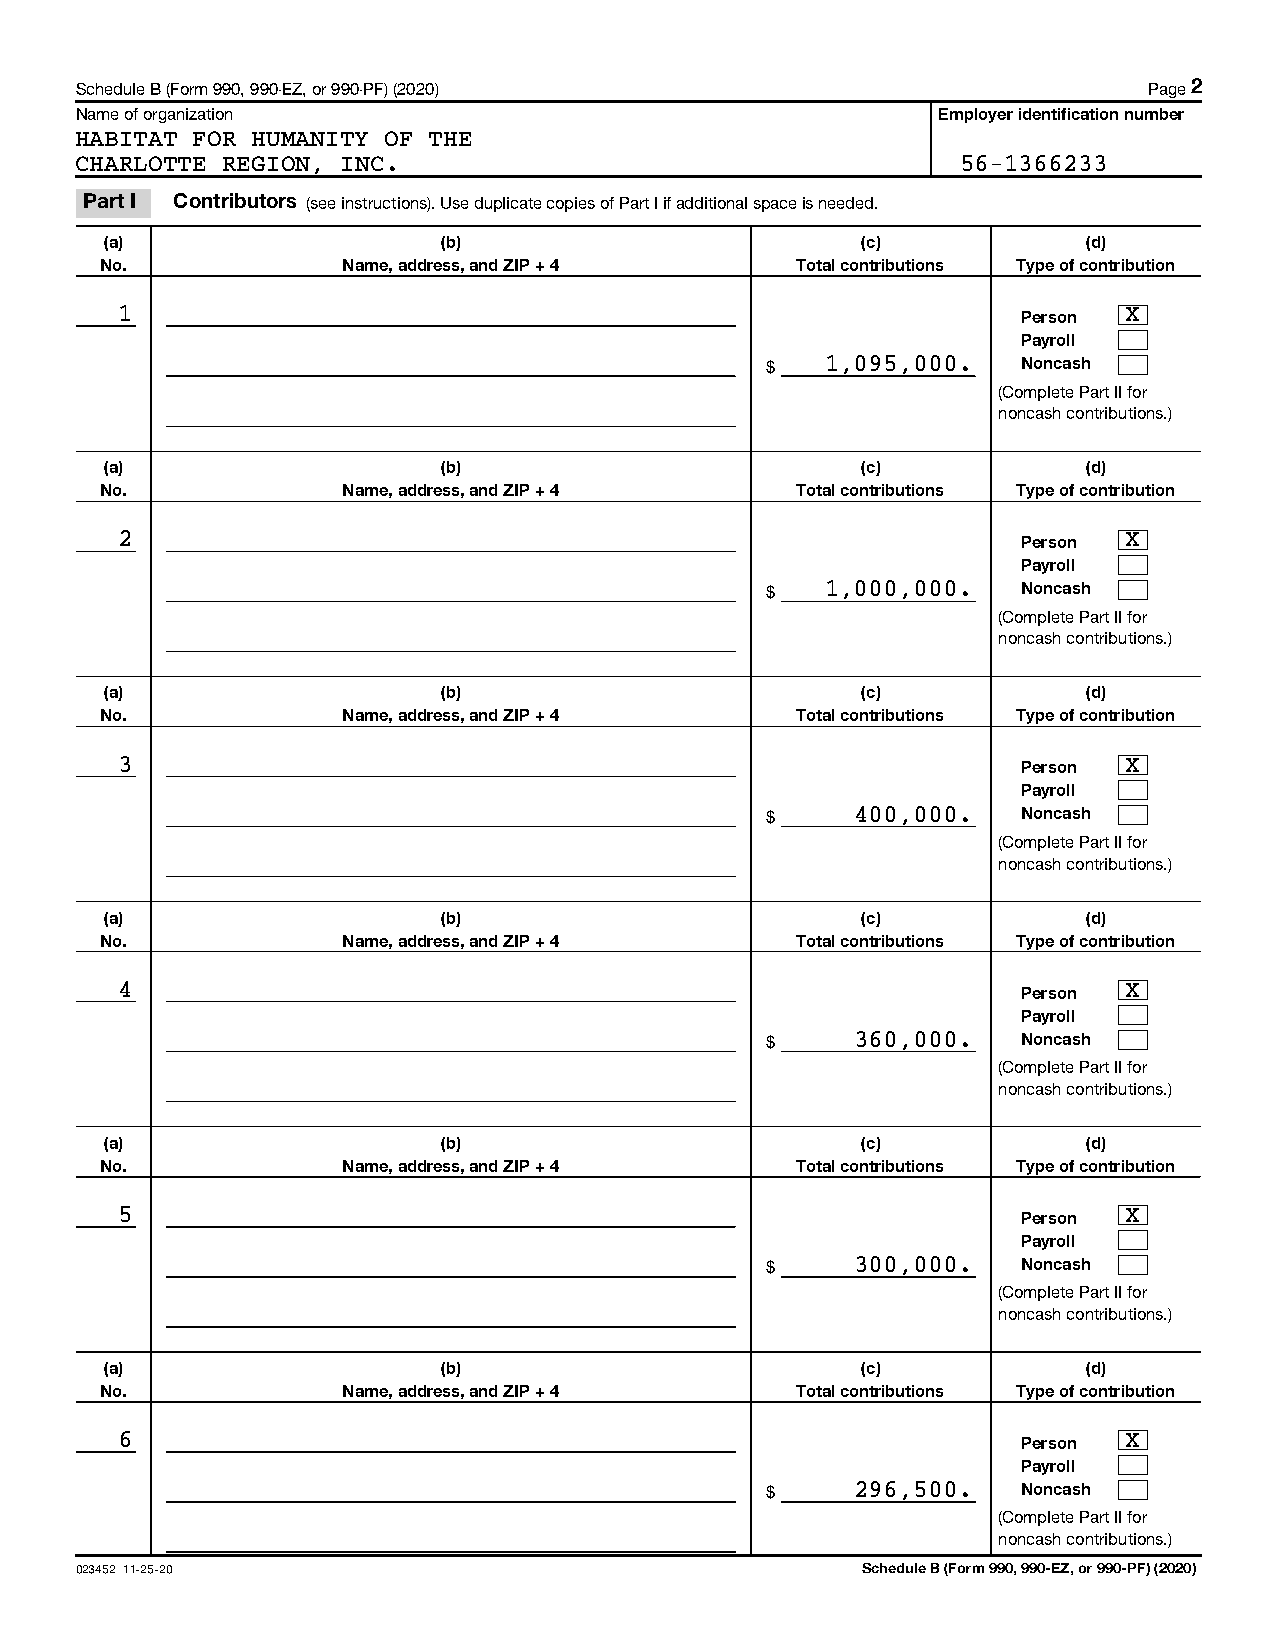
Schedule B (Form 990, 990-EZ, or 990-PF) (2020)                        Page 2
 Name of organization                                     Employer identification number
 HABITAT FOR HUMANITY OF THE
 CHARLOTTE REGION, INC.                                     56-1366233
 Part I Contributors (see instructions). Use duplicate copies of Part I if additional space is needed.
 (a)                   (b)                         (c)            (d)
 No.             Name, address, and ZIP + 4    Total contributions Type of contribution
 1                                                           Person X
 Payroll
 $   1,095,000.   Noncash
 (Complete Part II for
 noncash contributions.)
 (a)                   (b)                         (c)            (d)
 No.             Name, address, and ZIP + 4    Total contributions Type of contribution
 2                                                           Person X
 Payroll
 $   1,000,000.   Noncash
 (Complete Part II for
 noncash contributions.)
 (a)                   (b)                         (c)            (d)
 No.             Name, address, and ZIP + 4    Total contributions Type of contribution
 3                                                           Person X
 Payroll
 $     400,000.   Noncash
 (Complete Part II for
 noncash contributions.)
 (a)                   (b)                         (c)            (d)
 No.             Name, address, and ZIP + 4    Total contributions Type of contribution
 4                                                           Person X
 Payroll
 $     360,000.   Noncash
 (Complete Part II for
 noncash contributions.)
 (a)                   (b)                         (c)            (d)
 No.             Name, address, and ZIP + 4    Total contributions Type of contribution
 5                                                           Person X
 Payroll
 $     300,000.   Noncash
 (Complete Part II for
 noncash contributions.)
 (a)                   (b)                         (c)            (d)
 No.             Name, address, and ZIP + 4    Total contributions Type of contribution
 6                                                           Person X
 Payroll
 $     296,500.   Noncash
 (Complete Part II for
 noncash contributions.)
 023452 11-25-20                                     Schedule B (Form 990, 990-EZ, or 990-PF) (2020)